38_143685_box7_Incident_Summaries_1-100
Agency: Department of War
Page 199
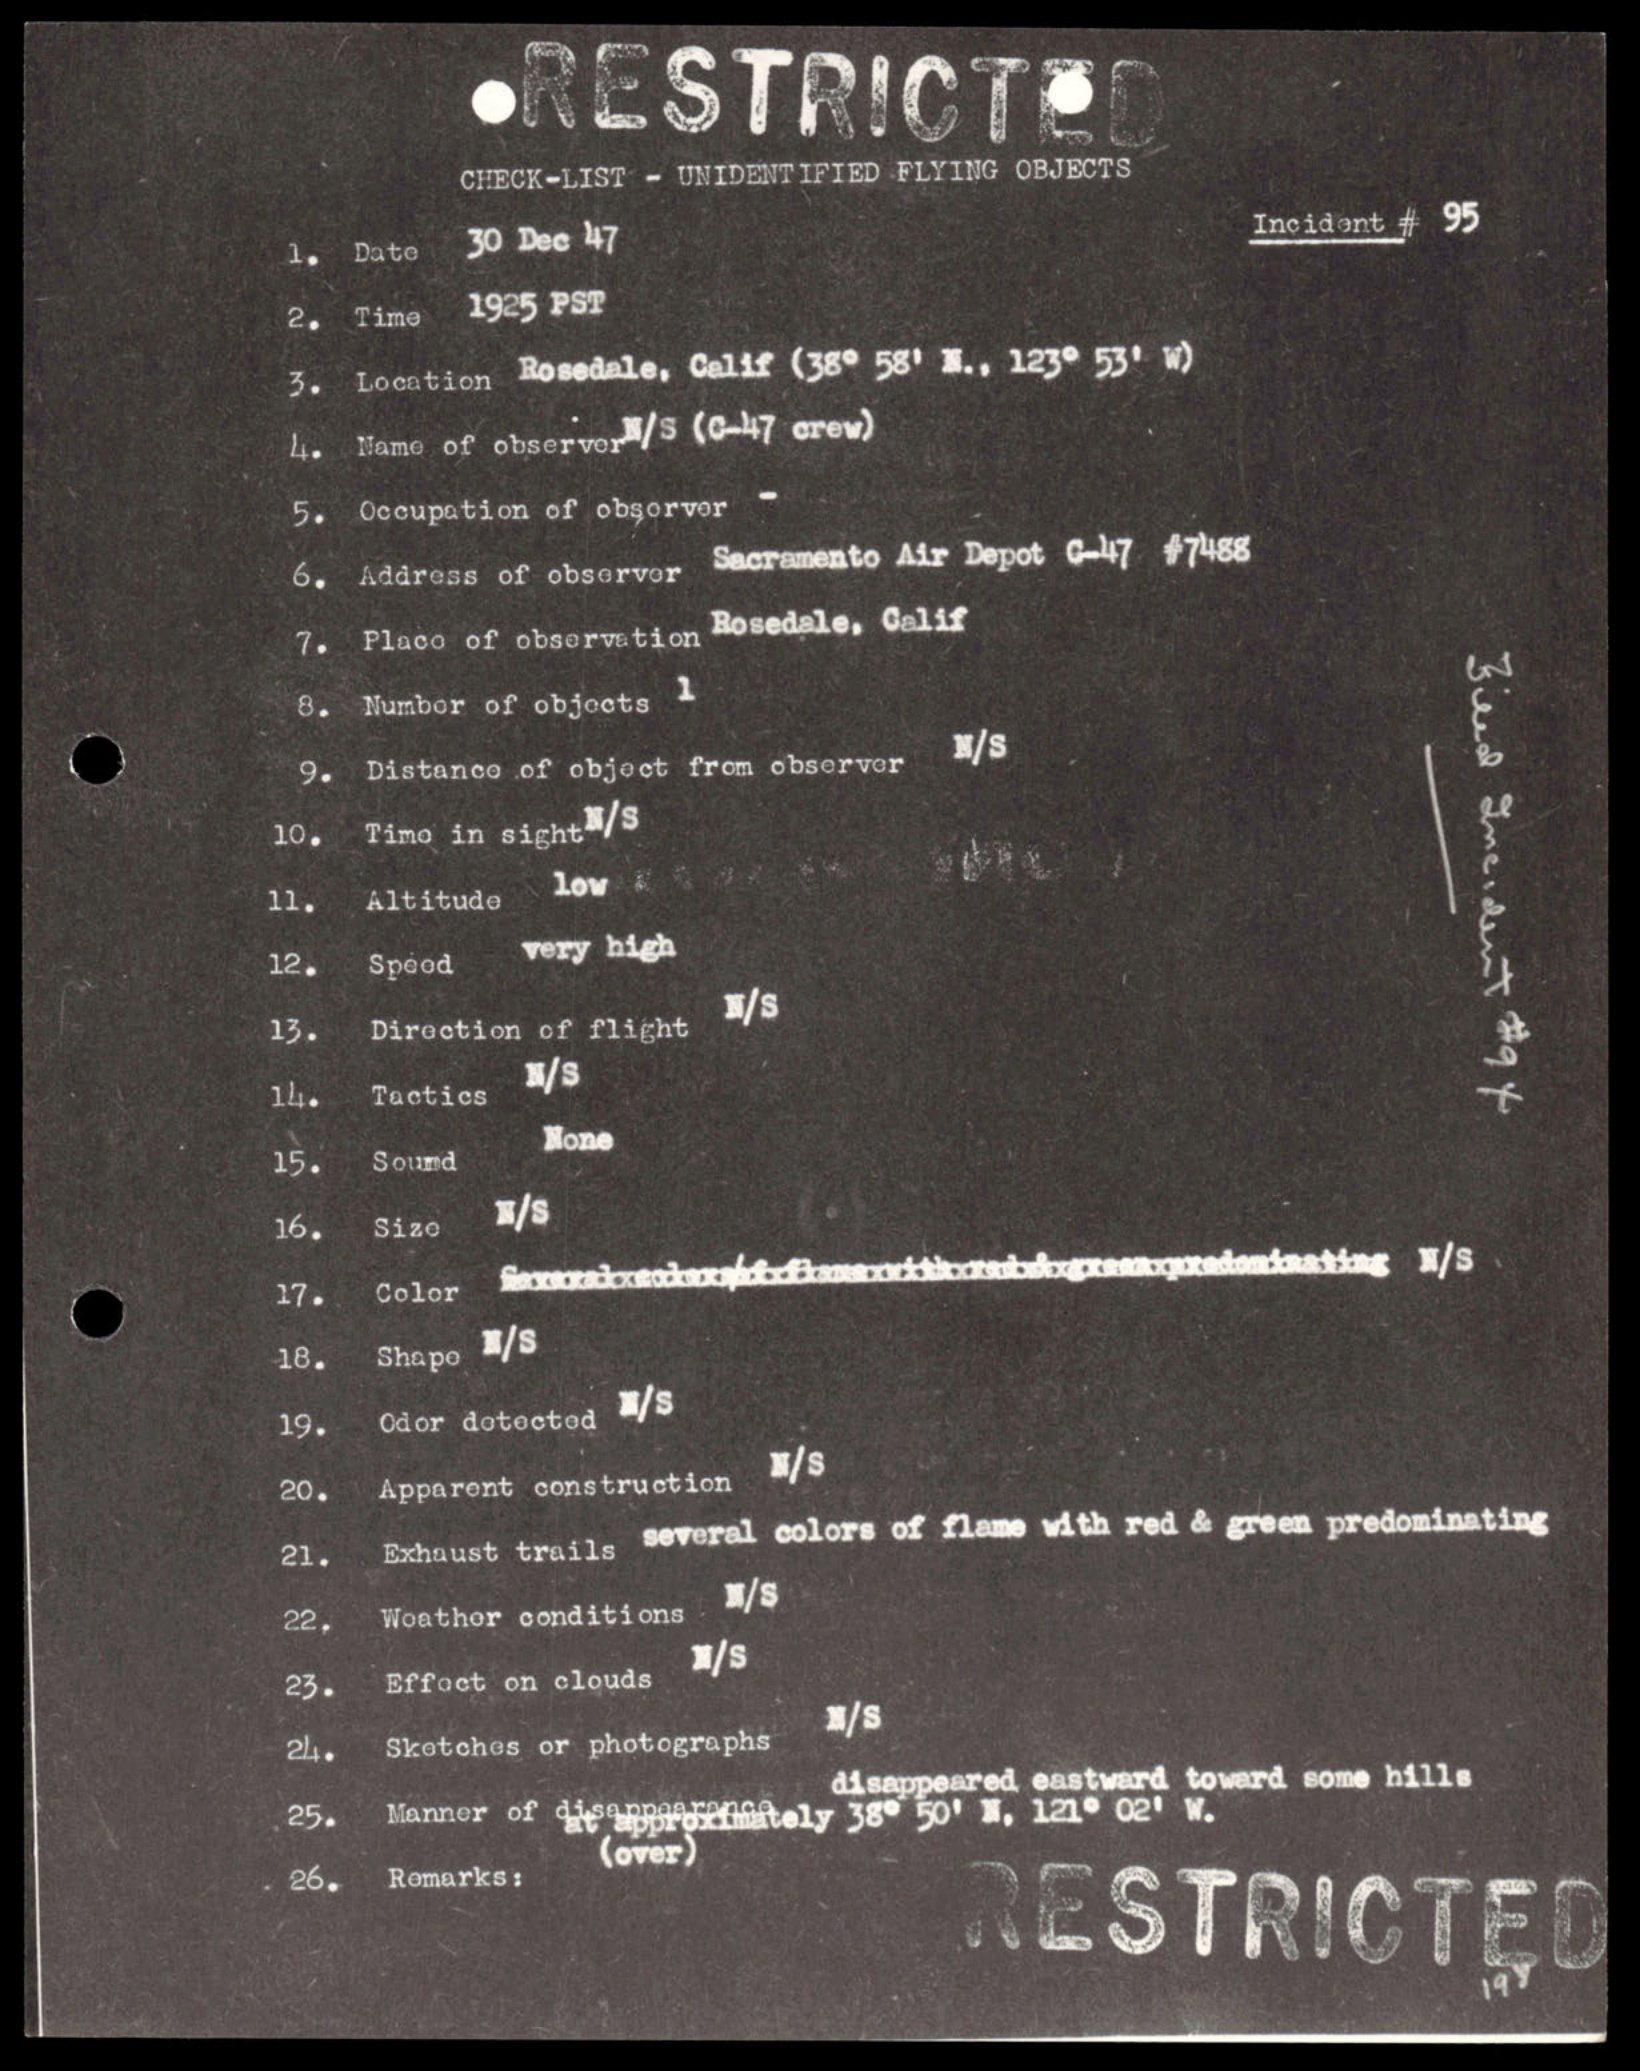